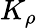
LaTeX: K_{\rho}